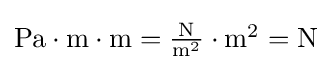
{\textstyle \mathrm {Pa\cdot m\cdot m={\frac {N}{m^{2}}}\cdot m^{2}=N} }